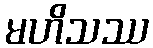
မဟိသဿ